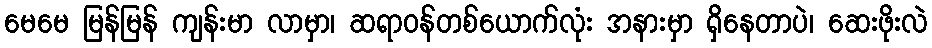
မေမေ မြန်မြန် ကျန်းမာ လာမှာ၊ ဆရာဝန်တစ်ယောက်လုံး အနားမှာ ရှိနေတာပဲ၊ ဆေးဖိုးလဲ